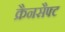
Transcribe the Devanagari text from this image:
क्रैनसैफ्ट